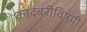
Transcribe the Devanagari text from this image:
कादंबरीविषयी